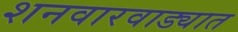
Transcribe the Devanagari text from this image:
शनवारवाड्यात